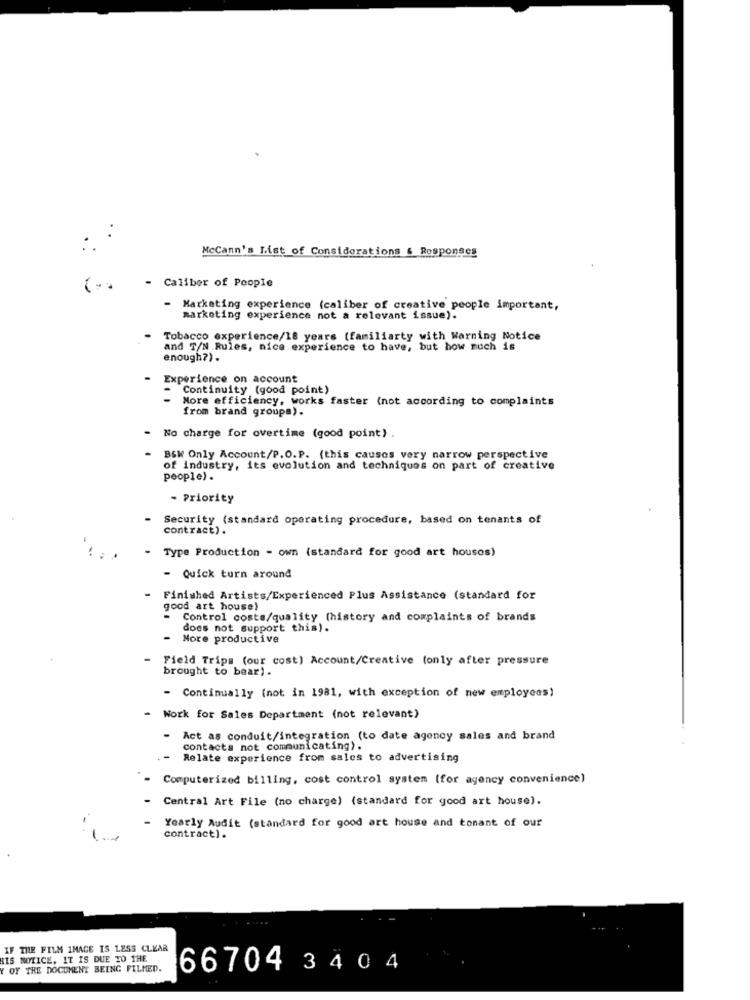
:.
McCann's List of Considerations & Rosponges
Caliber of People
Marketing experience (caliber of creative people important,
marketing experience not a relevant issue).
Tobacco experience/18 years (familiarty with Warning Notice
and T/N .Rules, nice experience to have, but how much is
enough?).
Experience on account
- Continuity (good point)
More efficiency, works faster (not according to complaints
from brand groups).
No charge for overtime (good point) .
BSW Only Account/P.O.P. (this causes very narrow perspective
of industry, its evolution and techniques on part of creative
people) .
- Priority
Security (standard operating procedure, based on tenants of
contract).
Type Production - own (standard for good art houses)
- Quick turn around
Finished Artists/Experienced Plus Assistance (standard for
good art house)
- Control costs/quality (history and complaints of brands
does not support this).
More productive
Field Trips (our cost) Account/Creative (only after pressure
brought to bear).
- Continually (not in 1981, with exception of new employees)
- Work for Sales Department (not relevant)
- Act as conduit/integration (to date agency sales and brand
contacts not communicating).
Relate experience from sales to advertising
Computerized billing, cost control system (for agency convenience)
Central Art File (no charge) (standard for good art house).
Yearly Audit (standard for good art house and tonant of our
contract).
IF THE FILM IMAGE IS LESS CLEAR
HIS NOTICE. IT IS DUE TO THE
Y OF THE DOCUMENT BEING FILMED.
66704 34 0 4